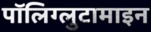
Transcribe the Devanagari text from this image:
पॉलिग्लुटामाइन